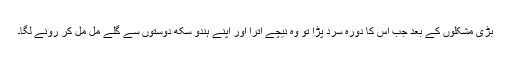
بڑی مشکلوں کے بعد جب اس کا دورہ سرد پڑا تو وہ نیچے اُترا اور اپنے ہندو سِکھ دوستوں سے گلے مِل مِل کر رونے لگا۔